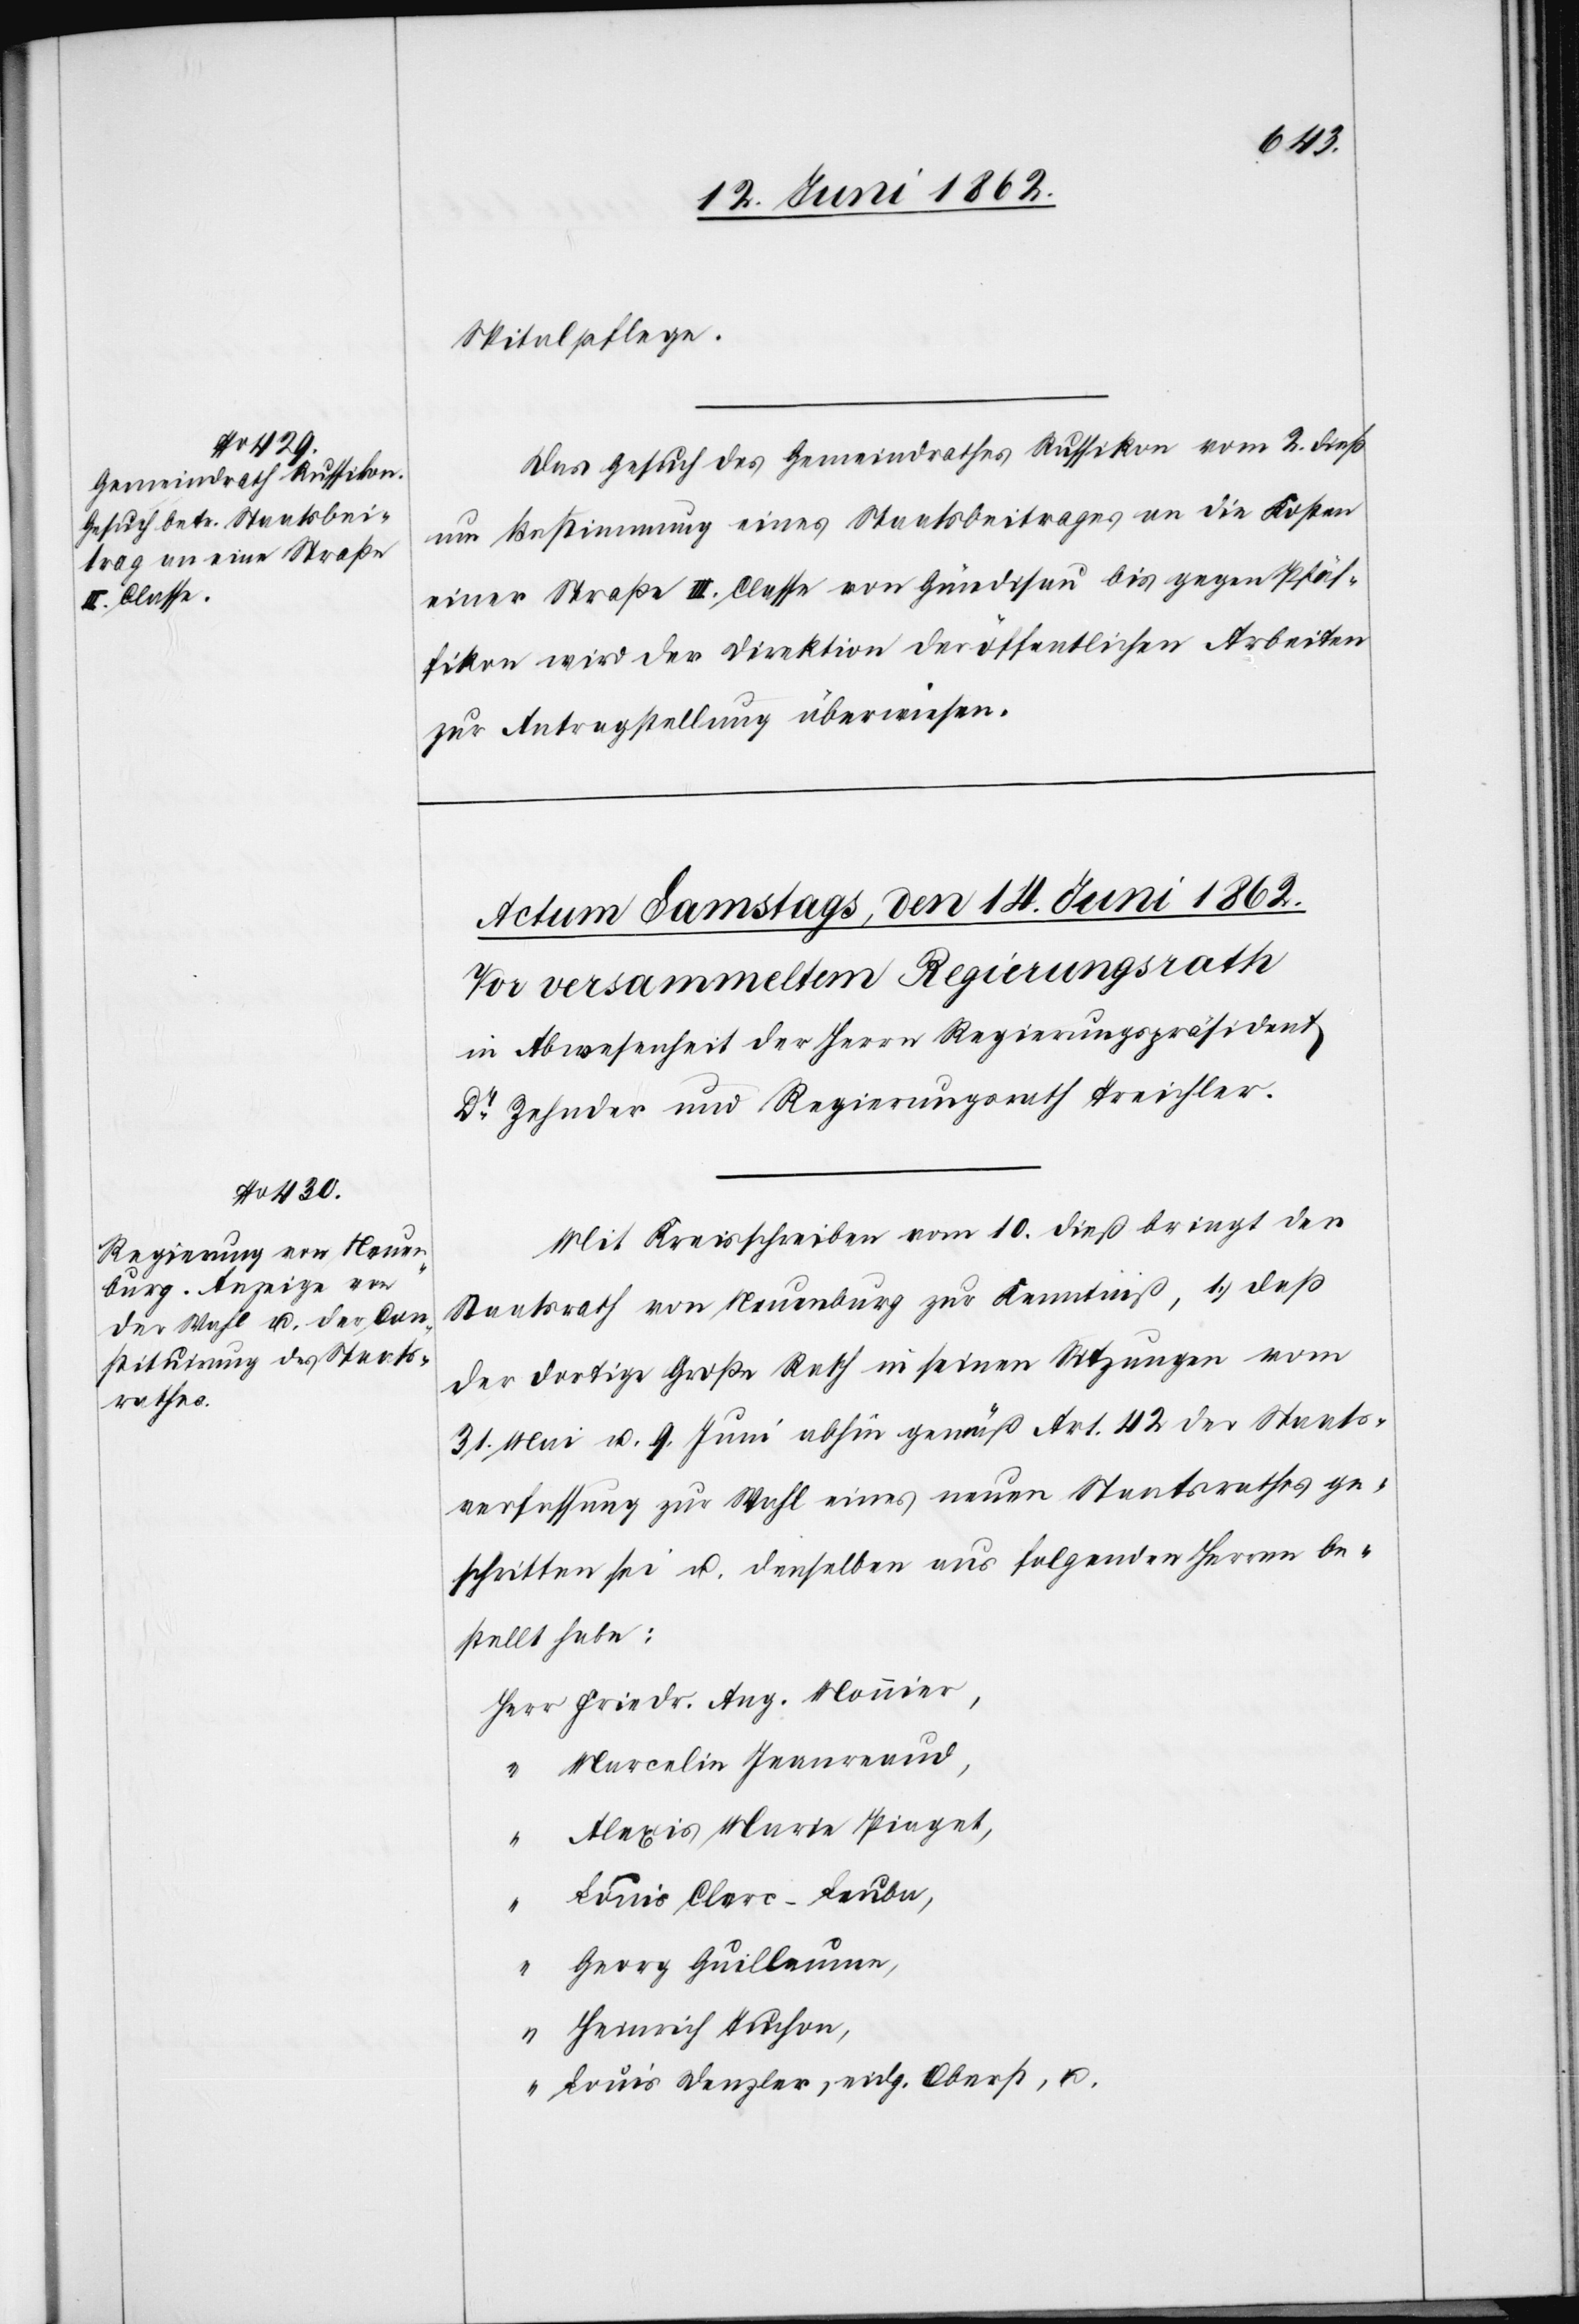
13. Juni 1862.]
Spitalpflege.
Das Gesuch des Gemeindrathes Russikon vom 2. dieß
um Bestimmung eines Staatsbeitrages an die Kosten
einer Straße III. Classe von Gündisau bis gegen Pfäf¬
fikon wird der Direktion der öffentlichen Arbeiten
zur Antragstellung überwiesen.
Mit Kreisschreiben vom 10. dieß bringt der
Staatsrath von Neuenburg zur Kenntniß, 1) daß
der dortige Große Rath in seinen Sitzungen vom
31. Mai u. 9. Juni abhin gemäß Art. 42 der Staats¬
verfassung zur Wahl eines neuen Staatsrathes ge¬
schritten sei u. denselben aus folgenden Herren be¬
stellt habe:
Marcelin Jeanreaud,
Alexis Maria Piaget,
“
Luis Clerc-Leuba,
Georg Guillaume,
Heinrich Tuchon,
“
Louis Denzler, eidg. Oberst u.